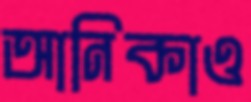
আনিকাও